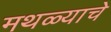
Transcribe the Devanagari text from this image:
मथळ्याचे